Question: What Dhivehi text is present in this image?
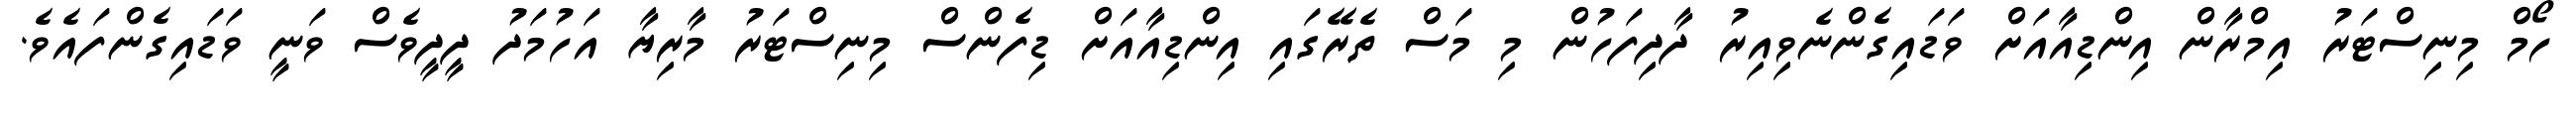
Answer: ހޯމް މިނިސްޓަރު އިމްރާން އިންޑިއާއަށް ވަޑައިގެންނެވިއިރު ދާދިފަހުން މި މަސް ތެރޭގައި އިންޑިއާއަށް ޑިފެންސް މިނިސްޓަރު މާރިޔާ އަހުމަދު ދީދީވެސް ވަނީ ވަޑައިގެންފައެވެ.